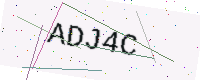
Text: ADJ4C